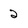
Character: 2